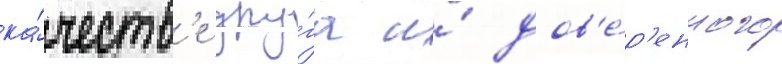
ка́честв'е дру́га и́ дов'е́р'енного